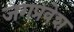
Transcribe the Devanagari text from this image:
जगप्रवेश